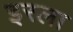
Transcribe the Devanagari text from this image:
इरला